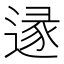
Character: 𨔡